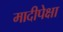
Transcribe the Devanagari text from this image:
मादीपेक्षा